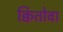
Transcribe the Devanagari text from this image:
क्वितोवा